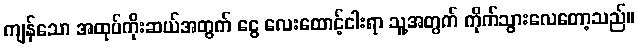
ကျန်သော အထုပ်ကိုးဆယ်အတွက် ငွေ လေးထောင့်ငါးရာ သူ့အတွက် ကိုက်သွားလေတော့သည်။